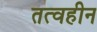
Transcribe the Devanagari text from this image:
तत्वहीन